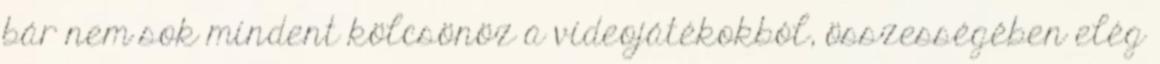
bár nem sok mindent kölcsönöz a videojátékokból, összességében elég